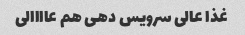
غذا عالی سرویس دهی هم عاااالی